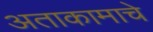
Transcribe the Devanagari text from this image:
अताकामाचे